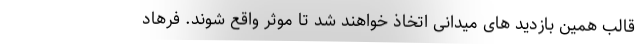
قالب همین بازدید های میدانی اتخاذ خواهند شد تا موثر واقع شوند. فرهاد